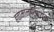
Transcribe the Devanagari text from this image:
हवामानाविषयक